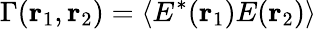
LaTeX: \Gamma({\mathbf{r}}_{1},{\mathbf{r}}_{2})=\langle E^{\ast}({\mathbf{r}}_{1}){{E}}({\mathbf{r}}_{2})\rangle